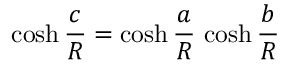
\cosh { \frac { c } { R } } = \cosh { \frac { a } { R } } \, \cosh { \frac { b } { R } }